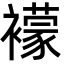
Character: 䙩